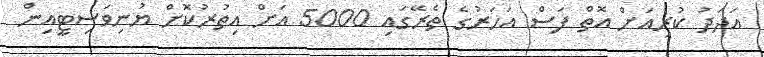
އަދަދު ކުރިއަށް އޮތް ފަސް އަހަރުގެ ތެރޭގައި 5000 އަށް އިތުރުކޮށް ޔުނިވަސިޓީއިން